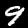
Label: 9